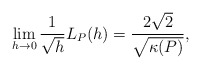
\begin{align*} \begin{aligned} \lim_{h\rightarrow 0} \frac{1}{\sqrt{h}}L_P(h)= \frac{2\sqrt{2}}{\sqrt{\kappa(P)}}, \end{aligned} \end{align*}